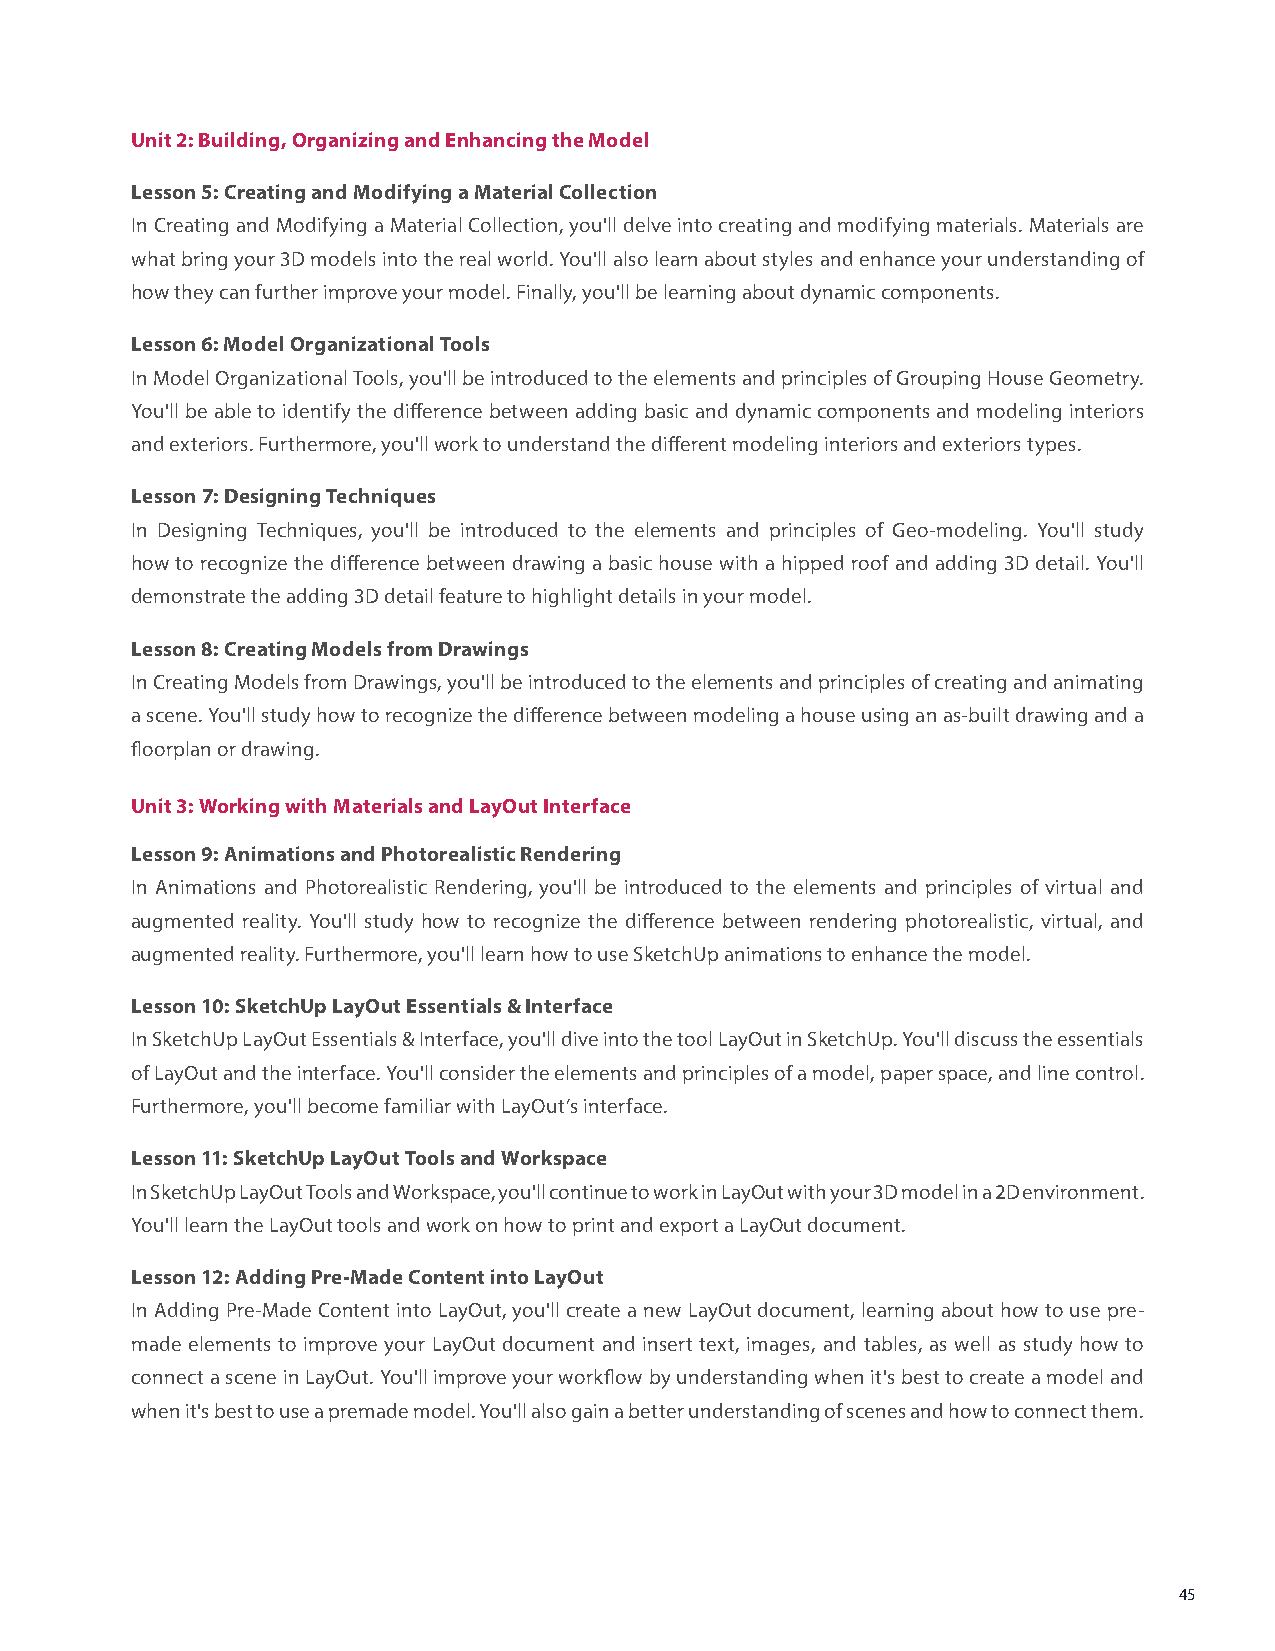
Unit 2: Building, Organizing and Enhancing the Model
 Lesson 5: Creating and Modifying a Material Collection
 In Creating and Modifying a Material Collection, you'll delve into creating and modifying materials. Materials are
 what bring your 3D models into the real world. You'll also learn about styles and enhance your understanding of
 how they can further improve your model. Finally, you'll be learning about dynamic components.
 Lesson 6: Model Organizational Tools
 In Model Organizational Tools, you'll be introduced to the elements and principles of Grouping House Geometry.
 You'll be able to identify the difference between adding basic and dynamic components and modeling interiors
 and exteriors. Furthermore, you'll work to understand the different modeling interiors and exteriors types.
 Lesson 7: Designing Techniques
 In Designing Techniques, you'll be introduced to the elements and principles of Geo-modeling. You'll study
 how to recognize the difference between drawing a basic house with a hipped roof and adding 3D detail. You'll
 demonstrate the adding 3D detail feature to highlight details in your model.
 Lesson 8: Creating Models from Drawings
 In Creating Models from Drawings, you'll be introduced to the elements and principles of creating and animating
 a scene. You'll study how to recognize the difference between modeling a house using an as-built drawing and a
 floorplan or drawing.
 Unit 3: Working with Materials and LayOut Interface
 Lesson 9: Animations and Photorealistic Rendering
 In Animations and Photorealistic Rendering, you'll be introduced to the elements and principles of virtual and
 augmented reality. You'll study how to recognize the difference between rendering photorealistic, virtual, and
 augmented reality. Furthermore, you'll learn how to use SketchUp animations to enhance the model.
 Lesson 10: SketchUp LayOut Essentials & Interface
 In SketchUp LayOut Essentials & Interface, you'll dive into the tool LayOut in SketchUp. You'll discuss the essentials
 of LayOut and the interface. You'll consider the elements and principles of a model, paper space, and line control.
 Furthermore, you'll become familiar with LayOut’s interface.
 Lesson 11: SketchUp LayOut Tools and Workspace
 In SketchUp LayOut Tools and Workspace, you'll continue to work in LayOut with your 3D model in a 2D environment.
 You'll learn the LayOut tools and work on how to print and export a LayOut document.
 Lesson 12: Adding Pre-Made Content into LayOut
 In Adding Pre-Made Content into LayOut, you'll create a new LayOut document, learning about how to use pre-
 made elements to improve your LayOut document and insert text, images, and tables, as well as study how to
 connect a scene in LayOut. You'll improve your workflow by understanding when it's best to create a model and
 when it's best to use a premade model. You'll also gain a better understanding of scenes and how to connect them.
 45